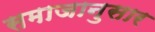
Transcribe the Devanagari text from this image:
समाजानुसार